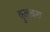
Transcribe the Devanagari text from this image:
कुलचना